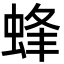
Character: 蜂